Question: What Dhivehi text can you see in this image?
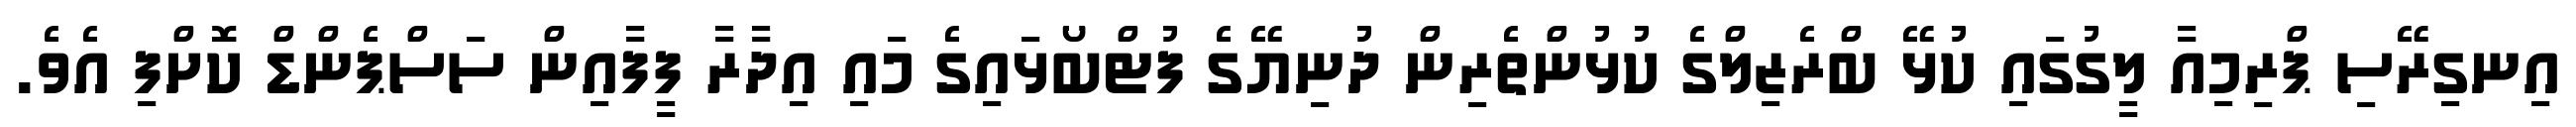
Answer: އިނގިރޭސި ޕްރިމިއާ ލީގުގައި ކުޅޭ ބްރެޒިލްގެ ކުޅުންތެރިން ދުނިޔޭގެ ފުޓްބޯޅައިގެ މައި އިދާރާ ފީފާއިން ސަސްޕެންޑް ކޮށްފި އެވެ.